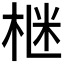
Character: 𪲛